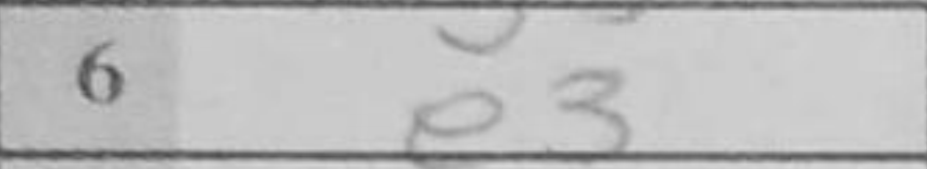
Transcription: e3